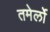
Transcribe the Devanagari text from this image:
तमेर्लो